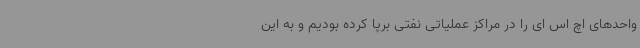
واحدهای اچ اس ای را در مراکز عملیاتی نفتی برپا کرده بودیم و به این